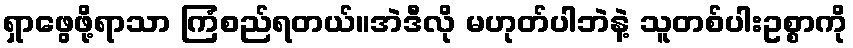
ရှာဖွေဖို့ရာသာ ကြံစည်ရတယ်။အဲဒီလို မဟုတ်ပါဘဲနဲ့ သူတစ်ပါးဥစ္စာကို